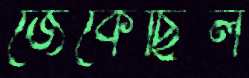
জেঁকেছিল